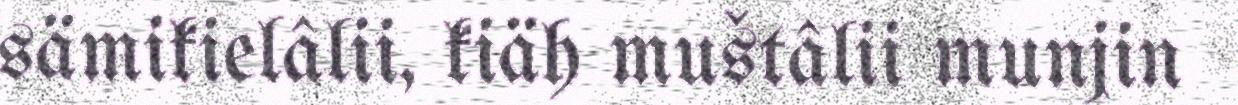
sämikielâlii, kiäh muštâlii munjin